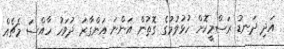
އަދި ދަނޑު ރަސްމީކޮށް ހުޅުވުމުގެ ގޮތުން އަންނަ އަންގާރަ ދުވަހު ހާއްސަ މެޗެއް